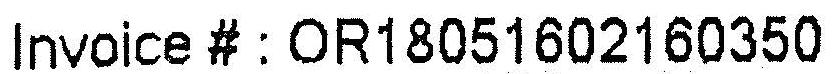
INVOICE # : OR18051602160350